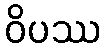
ဝိပဿ